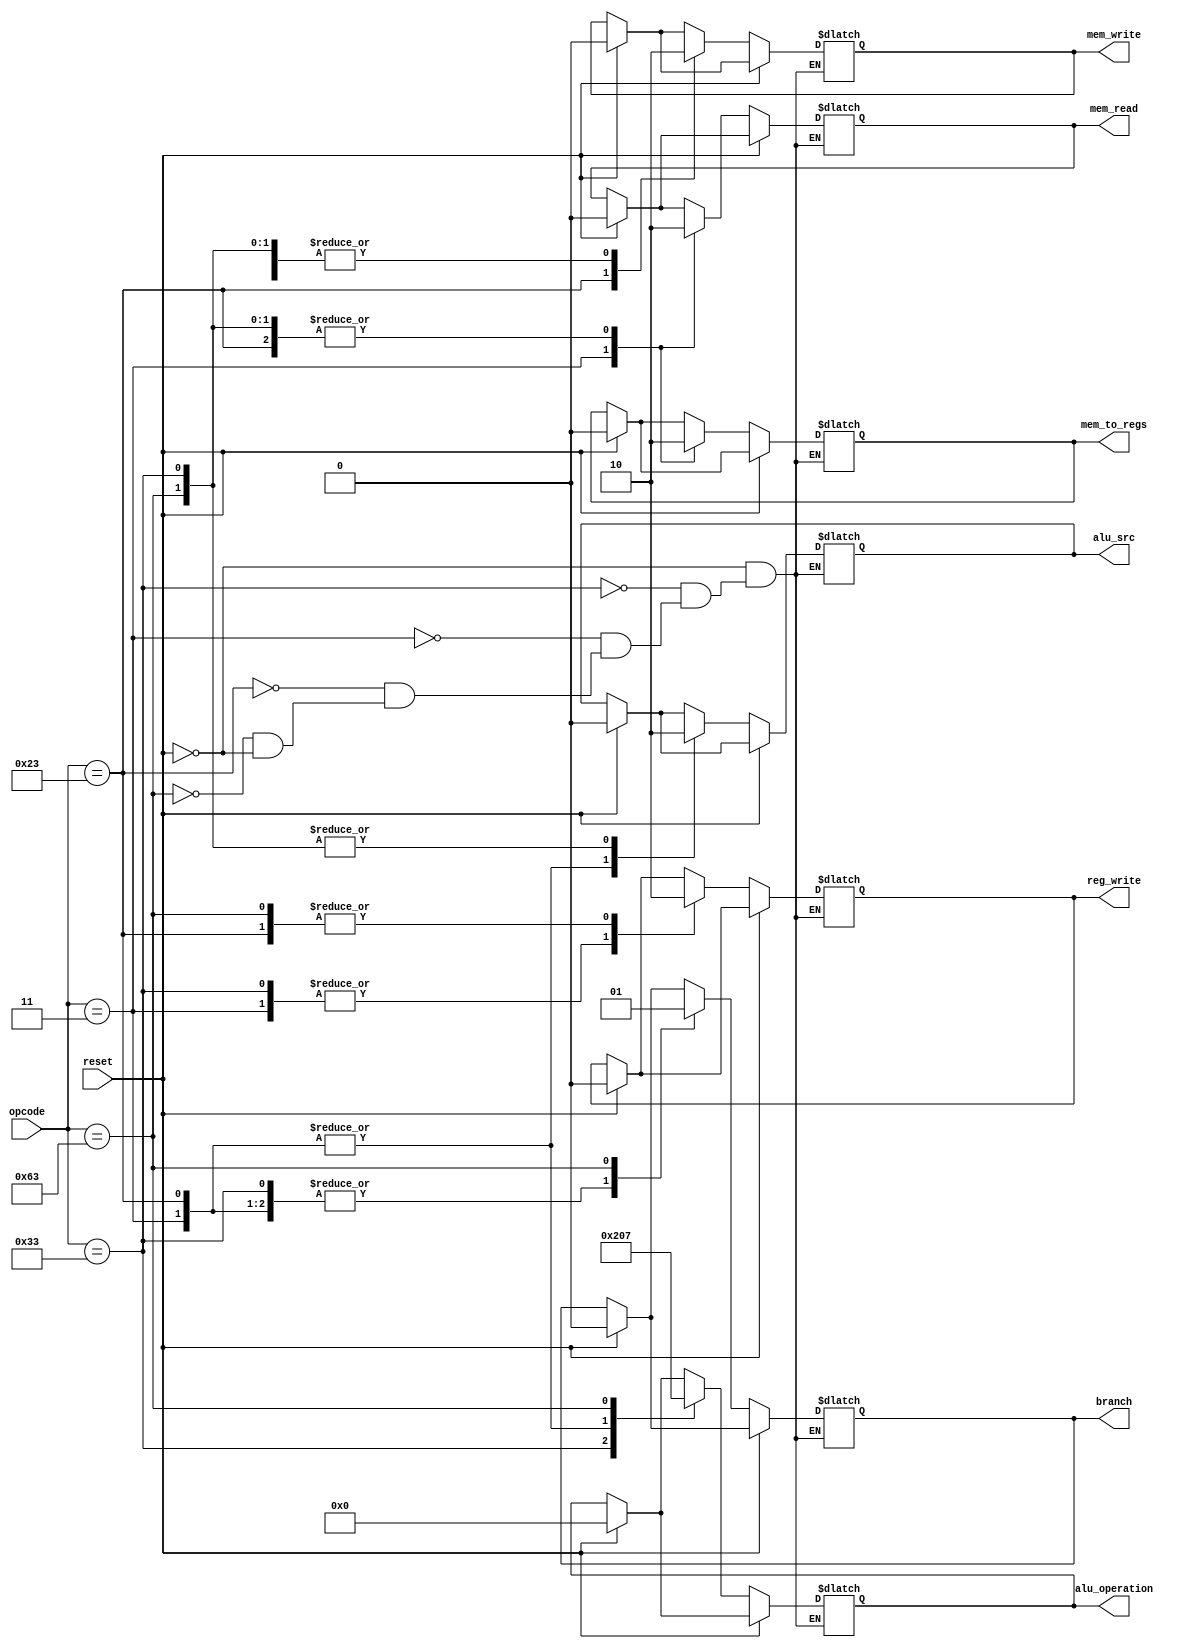
module Control_Unit 
(
  input wire reset,
  input wire [6:0] opcode,
  output reg branch,
  output reg mem_read,
  output reg mem_to_regs,
  output reg [3:0] alu_operation,
  output reg mem_write,
  output reg alu_src,
  output reg reg_write
);

always @(reset, opcode) begin
  if (reset == 1) begin
              alu_src <= 0;
              mem_to_regs <= 0;
              reg_write <= 0;
              mem_read <= 0;
              mem_write <= 0;
              branch <= 0;
              alu_operation <= 0;
  end
  if (reset == 0) begin
      case (opcode)
          'h33: begin
              alu_src <= 0;
              mem_to_regs <= 0;
              reg_write <= 1;
              mem_read <= 0;
              mem_write <= 0;
              branch <= 0;
              alu_operation <= 2;
          end
          'h3: begin
              alu_src <= 1;
              mem_to_regs <= 1;
              reg_write <= 1;
              mem_read <= 1;
              mem_write <= 0;
              branch <= 0;
              alu_operation <= 0;
          end
          'h23: begin
              alu_src <= 1;
              mem_to_regs <= 0;
              reg_write <= 0;
              mem_read <= 0;
              mem_write <= 1;
              branch <= 0;
              alu_operation <= 0;
          end
          'h63: begin
              alu_src <= 0;
              mem_to_regs <= 0;
              reg_write <= 0;
              mem_read <= 0;
              mem_write <= 0;
              branch <= 1;
              alu_operation <= 7;
          end
      endcase
  end
end
endmodule